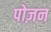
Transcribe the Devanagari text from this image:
पोज़न